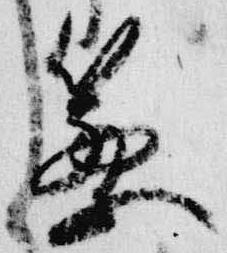
篥